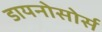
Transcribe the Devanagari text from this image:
डायनोसोर्स